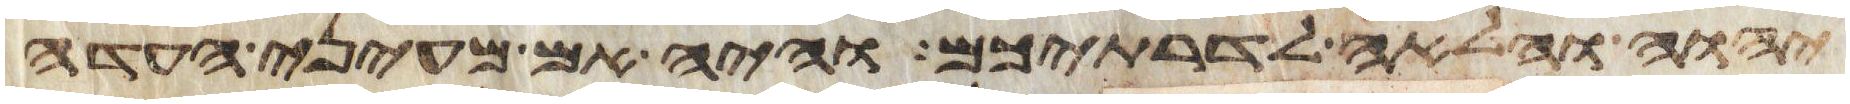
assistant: יהוה והלאה לדרתיכם והיה אם מעיני העדה